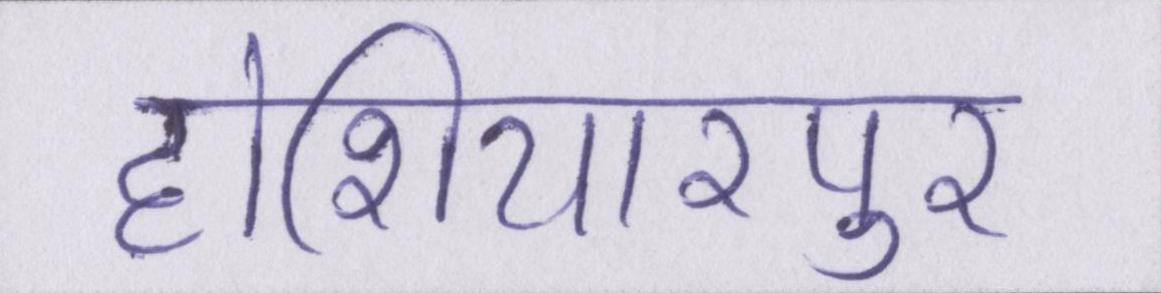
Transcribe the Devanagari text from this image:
होशियारपुर